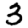
Digit: 3